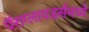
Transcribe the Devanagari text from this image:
पॅराग्लायडर्समध्ये